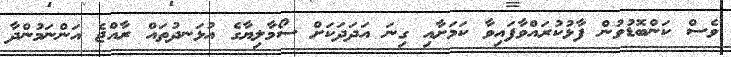
ވެސް ކަންބޮޑުވުން ފާޅުކުރައްވާފައިވާ ކަމަށާއި ގިނަ އަދަދަކަށް ސޯމާލިޔާގެ އުޅަނދުތައް ރާއްޖެ އަންނަމުންދާ